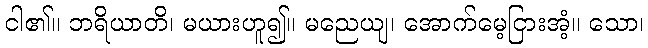
ငါ၏။ ဘရိယာတိ၊ မယားဟူ၍။ မညေယျ၊ အောက်မေ့ငြားအံ့။ သော၊